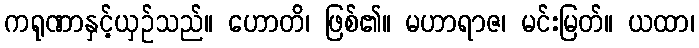
ကရုဏာနှင့်ယှဉ်သည်။ ဟောတိ၊ ဖြစ်၏။ မဟာရာဇ၊ မင်းမြတ်။ ယထာ၊